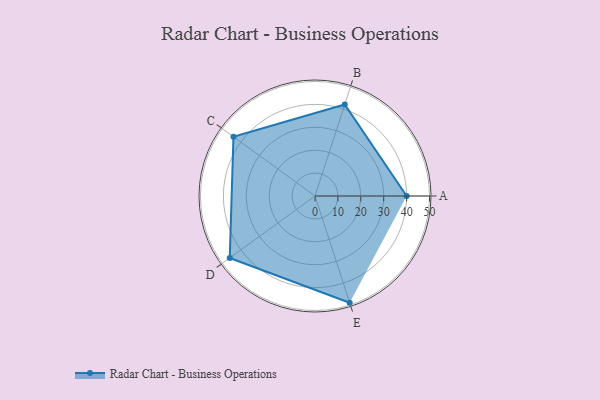
{"axis": {"x": "Skill", "y": "Score"}, "legend": ["Profile"], "data": [{"x": "A", "y": 40.0, "type": "Profile"}, {"x": "B", "y": 42.0, "type": "Profile"}, {"x": "C", "y": 44.0, "type": "Profile"}, {"x": "D", "y": 46.0, "type": "Profile"}, {"x": "E", "y": 49.0, "type": "Profile"}]}